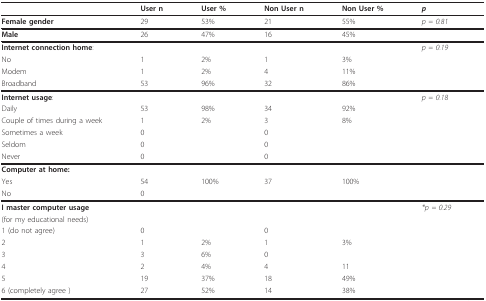
|  | User n | User % | Non User n | Non User % | p |
 | --- | --- | --- | --- | --- | --- |
 | Female gender | 29 | 53% | 21 | 55% | p = 0.81 |
 | Male | 26 | 47% | 16 | 45% |  |
 | Internet connection home: |  |  |  |  | p = 0.19 |
 | No | 1 | 2% | 1 | 3% |  |
 | Modem | 1 | 2% | 4 | 11% |  |
 | Broadband | 53 | 96% | 32 | 86% |  |
 | Internet usage: |  |  |  |  | p = 0.18 |
 | Daily | 53 | 98% | 34 | 92% |  |
 | Couple of times during a week | 1 | 2% | 3 | 8% |  |
 | Sometimes a week | 0 |  | 0 |  |  |
 | Seldom | 0 |  | 0 |  |  |
 | Never | 0 |  | 0 |  |  |
 | Computer at home: |  |  |  |  |  |
 | Yes | 54 | 100% | 37 | 100% |  |
 | No | 0 |  |  |  |  |
 | I master computer usage |  |  |  |  | *p = 0.29 |
 | (for my educational needs) |  |  |  |  |  |
 | 1 (do not agree) | 0 |  | 0 |  |  |
 | 2 | 1 | 2% | 1 | 3% |  |
 | 3 | 3 | 6% | 0 |  |  |
 | 4 | 2 | 4% | 4 | 11 |  |
 | 5 | 19 | 37% | 18 | 49% |  |
 | 6 (completely agree ) | 27 | 52% | 14 | 38% |  |